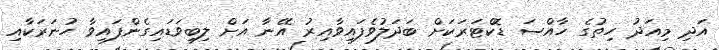
އަދި މިއަދު ހިތުގެ ހާއްސަ ޑޮކްޓަރަކަށް ބަދަލުވެފައިވާއިރު އޭނާ އަށް ލިބިވަޑައިގެންފައިވާ ހުނަރަކާއި